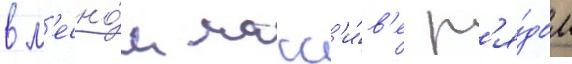
в л'есно́м масс'и́в'е р'я́дом